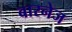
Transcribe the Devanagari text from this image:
बारनेज